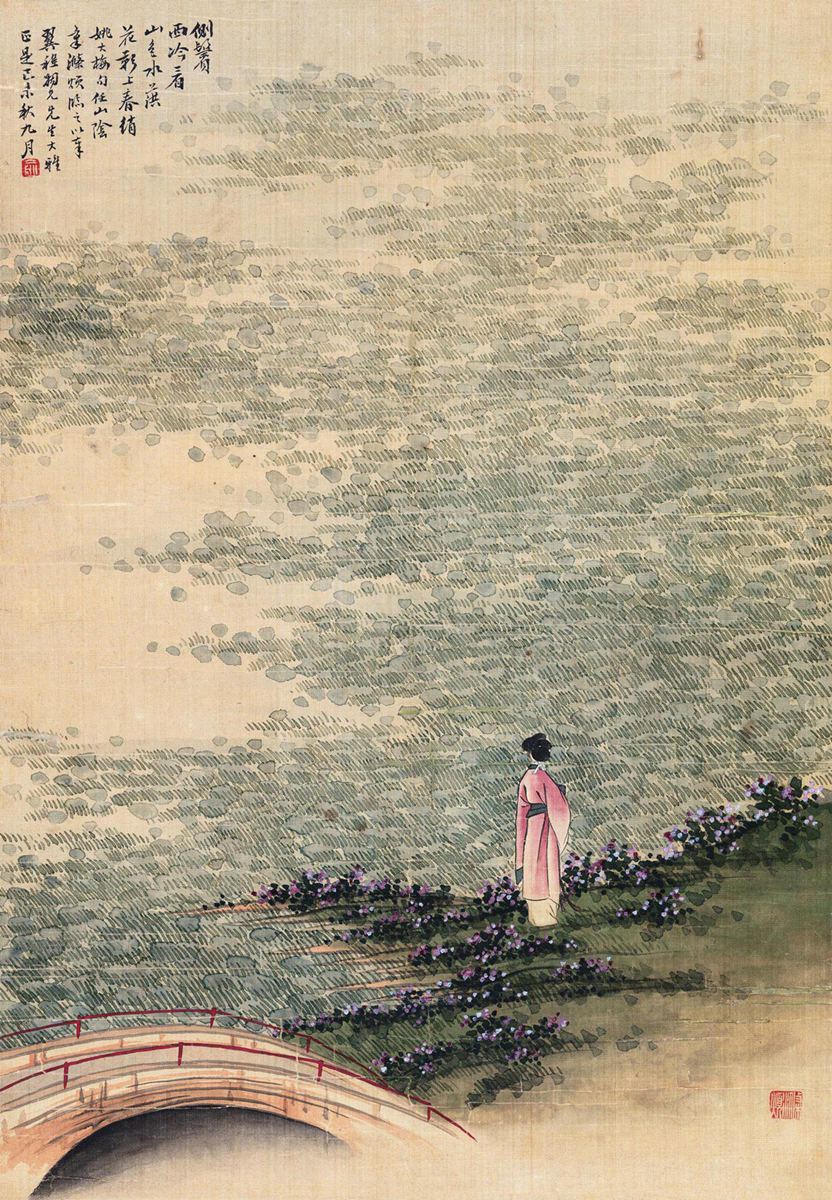
晴野鹭鸶飞一只，水葓花发秋江碧。